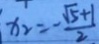
x _ { 2 } = - \frac { \sqrt { 5 } + 1 } { 2 }